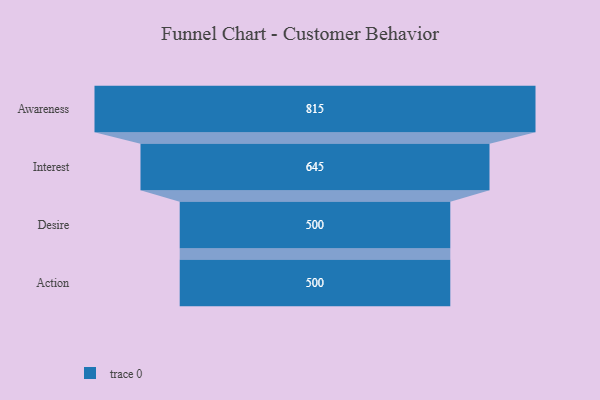
{"axis": {"x": "Stage", "y": "Value"}, "legend": [""], "data": [{"x": "Awareness", "y": 815.0, "type": ""}, {"x": "Interest", "y": 645.0, "type": ""}, {"x": "Desire", "y": 500, "type": ""}, {"x": "Action", "y": 500, "type": ""}]}